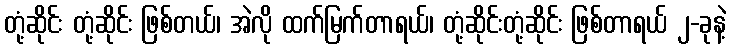
တုံ့ဆိုင်း တုံ့ဆိုင်း ဖြစ်တယ်၊ အဲလို ထက်မြက်တာရယ်၊ တုံ့ဆိုင်းတုံ့ဆိုင်း ဖြစ်တာရယ် ၂-ခုနဲ့